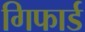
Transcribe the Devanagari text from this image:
गिफार्ड